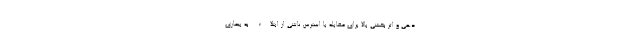
دهی و اثر بخشی بالا برای مقابله با استرس ناشی از ابتلاء به بیماری